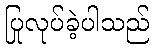
ပြုလုပ်ခဲ့ပါသည်